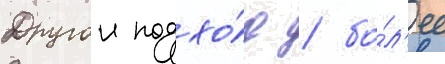
Другои подхо́д / бо́л'ее